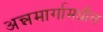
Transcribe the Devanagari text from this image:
अन्नमार्गामधील